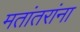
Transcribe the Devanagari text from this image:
मतांतरांना